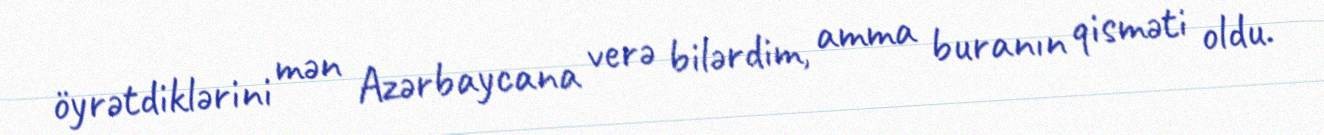
öyrətdiklərini mən Azərbaycana verə bilərdim, amma buranın qisməti oldu.